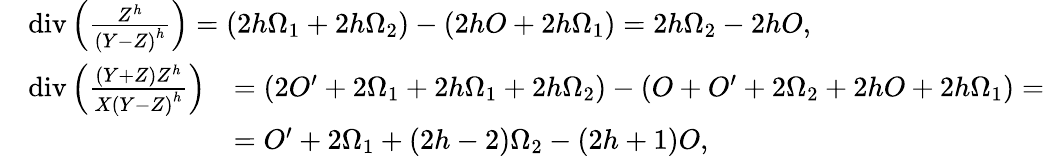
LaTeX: \begin{array}{rl}&{\begin{array}{r}{\operatorname{div}\left(\frac{Z^{h}}{{(Y-Z)}^{h}}\right)=(2h\Omega_{1}+2h\Omega_{2})-(2hO+2h\Omega_{1})=2h\Omega_{2}-2hO,}\end{array}}\\ &{\begin{array}{rl}{\operatorname{div}\left(\frac{(Y+Z)Z^{h}}{X{(Y-Z)}^{h}}\right)}&{=(2O^{\prime}+2\Omega_{1}+2h\Omega_{1}+2h\Omega_{2})-(O+O^{\prime}+2\Omega_{2}+2hO+2h\Omega_{1})=}\\ &{=O^{\prime}+2\Omega_{1}+(2h-2)\Omega_{2}-(2h+1)O,}\end{array}}\end{array}